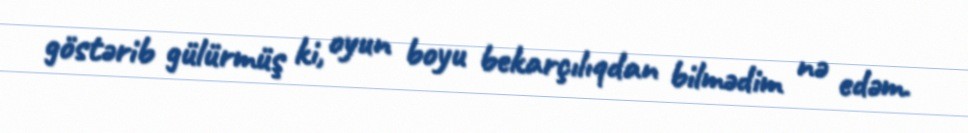
göstərib gülürmüş ki, oyun boyu bekarçılıqdan bilmədim nə edəm.